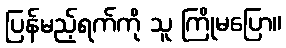
ပြန်မည့်ရက်ကို သူ ကြိုမပြော။